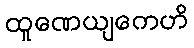
ထူဏေယျကေဟိ